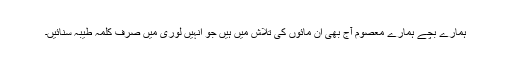
ہمارے بچے ہمارے معصوم آج بھی ان مائوں کی تلاش میں ہیں جو انہیں لوری میں صرف کلمہ طیبہ سنائیں۔